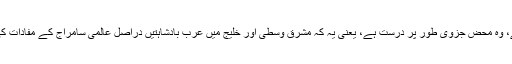
ایرانی کیمپ کی طرف سے اس صورت حال کی جو تعبیر عموماً کی جاتی ہے، وہ محض جزوی طور پر درست ہے، یعنی یہ کہ مشرق وسطی اور خلیج میں عرب بادشاہتیں دراصل عالمی سامراج کے مفادات کی محافظ ہیں، جبکہ ایران ایک انقلابی اور مزاحمت پسند اسلام کا علمبردار ہے۔